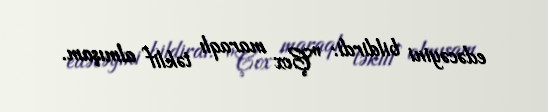
edəcəyini bildirdi: "Çox maraqlı təklif almışam.